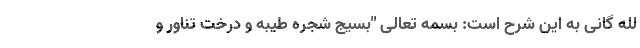
لله گانی به این شرح است: بسمه تعالی "بسیج شجره طیبه و درخت تناور و